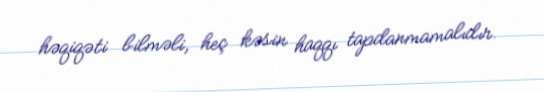
həqiqəti bilməli, heç kəsin haqqı tapdanmamalıdır.